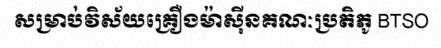
សម្រាប់វិស័យគ្រឿងម៉ាស៊ីនគណៈប្រតិភូ BTSO